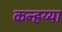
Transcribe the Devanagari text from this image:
कन्हय्या